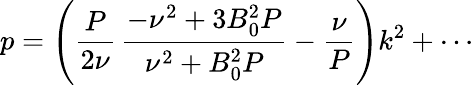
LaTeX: p=\left(\frac{P}{2\nu}\, \frac{-\nu^{2}+3B_{0}^{2}P}{\nu^{2}+B_{0}^{2}P}-\frac{\nu}{P}\right)k^{2}+\cdots